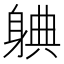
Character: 𬧦